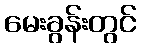
မေးခွန်းတွင်